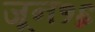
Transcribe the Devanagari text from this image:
जून१६